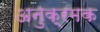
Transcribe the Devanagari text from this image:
अनुक्रमक